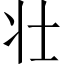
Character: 壮